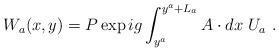
LaTeX: \begin{align*}W_a(x,y)=P\exp{ig\int_{y^a}^{y^a+L_a} A\cdot dx}~U_a~.\end{align*}